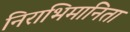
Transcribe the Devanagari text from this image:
निराभिमानिता